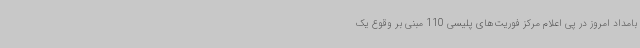
بامداد امروز در پی اعلام مرکز فوریت‌های پلیسی 110 مبنی بر وقوع یک